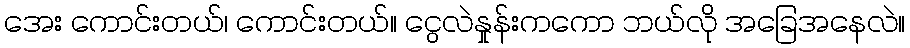
အေး ကောင်းတယ်၊ ကောင်းတယ်။ ငွေလဲနှုန်းကကော ဘယ်လို အခြေအနေလဲ။